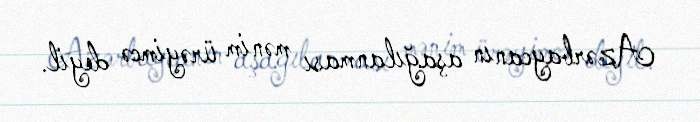
Azərbaycanın aşağılanması mənim ürəyimcə deyil.